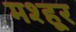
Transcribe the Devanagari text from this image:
मश्‍हूर